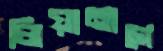
লিয়ানাগে